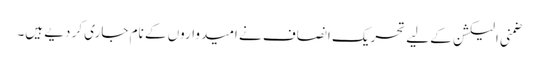
ضمنی الیکشن کے لیے تحریک انصاف نے امیدواروں کے نام جاری کر دیے ہیں۔